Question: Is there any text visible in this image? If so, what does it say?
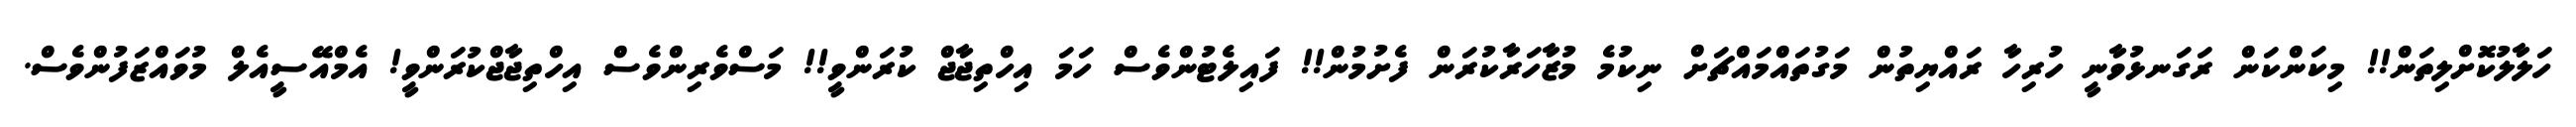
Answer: ހަލާލުކޮށްލިތަން!! މިކަންކަން ރަގަނޅުވާނީ ހުރިހާ ރައްޔިތުން މަގުތައްމައްޗަށް ނިކުމެ މުޒާހަރާކުރަން ފެށުމުން!! ފައިލެޓުންވެސް ހަމަ އިހްތިޖާޖް ކުރަންވީ!! މަސްވެރިންވެސް އިހްތިޖާޖްކުރަންވީ! އެމްއޭސީއެލް މުވައްޒަފުންވެސް.